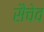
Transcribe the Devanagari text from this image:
सैचेव